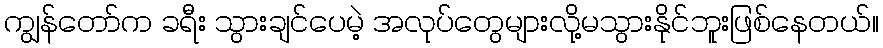
ကျွန်တော်က ခရီး သွားချင်ပေမဲ့ အလုပ်တွေများလို့မသွားနိုင်ဘူးဖြစ်နေတယ်။